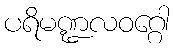
ပရိမဏ္ဍလဝဂ္ဂေါ